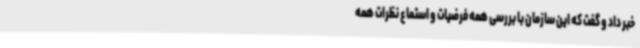
خبر داد و گفت که این سازمان با بررسی همه فرضیات و استماع نظرات همه